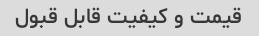
قیمت و کیفیت قابل قبول